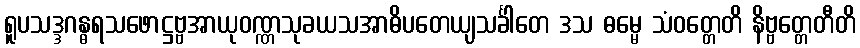
ရူပသဒ္ဒဂန္ဓရသဖောဋ္ဌဗ္ဗအာယုဝဏ္ဏသုခယသအာဓိပတေယျသင်္ခါတေ ဒသ ဓမ္မေ သံဝတ္တေတိ နိဗ္ဗတ္တေတီတိ